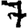
Digit: 7